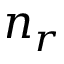
n _ { r }